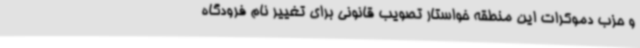
و حزب دموکرات این منطقه خواستار تصویب قانونی برای تغییر نام فرودگاه